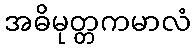
အဓိမုတ္တကမာလံ